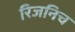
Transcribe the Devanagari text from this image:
रिजनिच